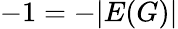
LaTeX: -1=-|E(G)|